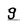
Character: g